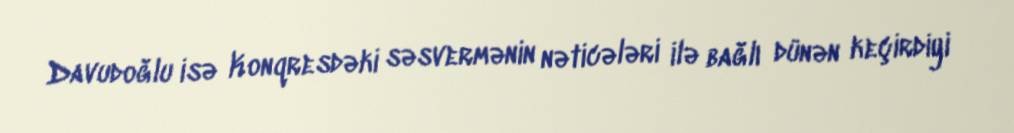
Davudoğlu isə Konqresdəki səsvermənin nəticələri ilə bağlı dünən keçirdiyi